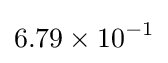
6.79\times 10^{-1}